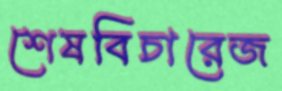
শেষবিচারেজ